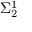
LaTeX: \Sigma _ { 2 } ^ { 1 }